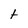
Character: t